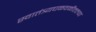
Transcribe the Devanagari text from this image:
स्वातंत्र्यचळवळीतल्या